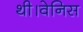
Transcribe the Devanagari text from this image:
थी।वेनिस